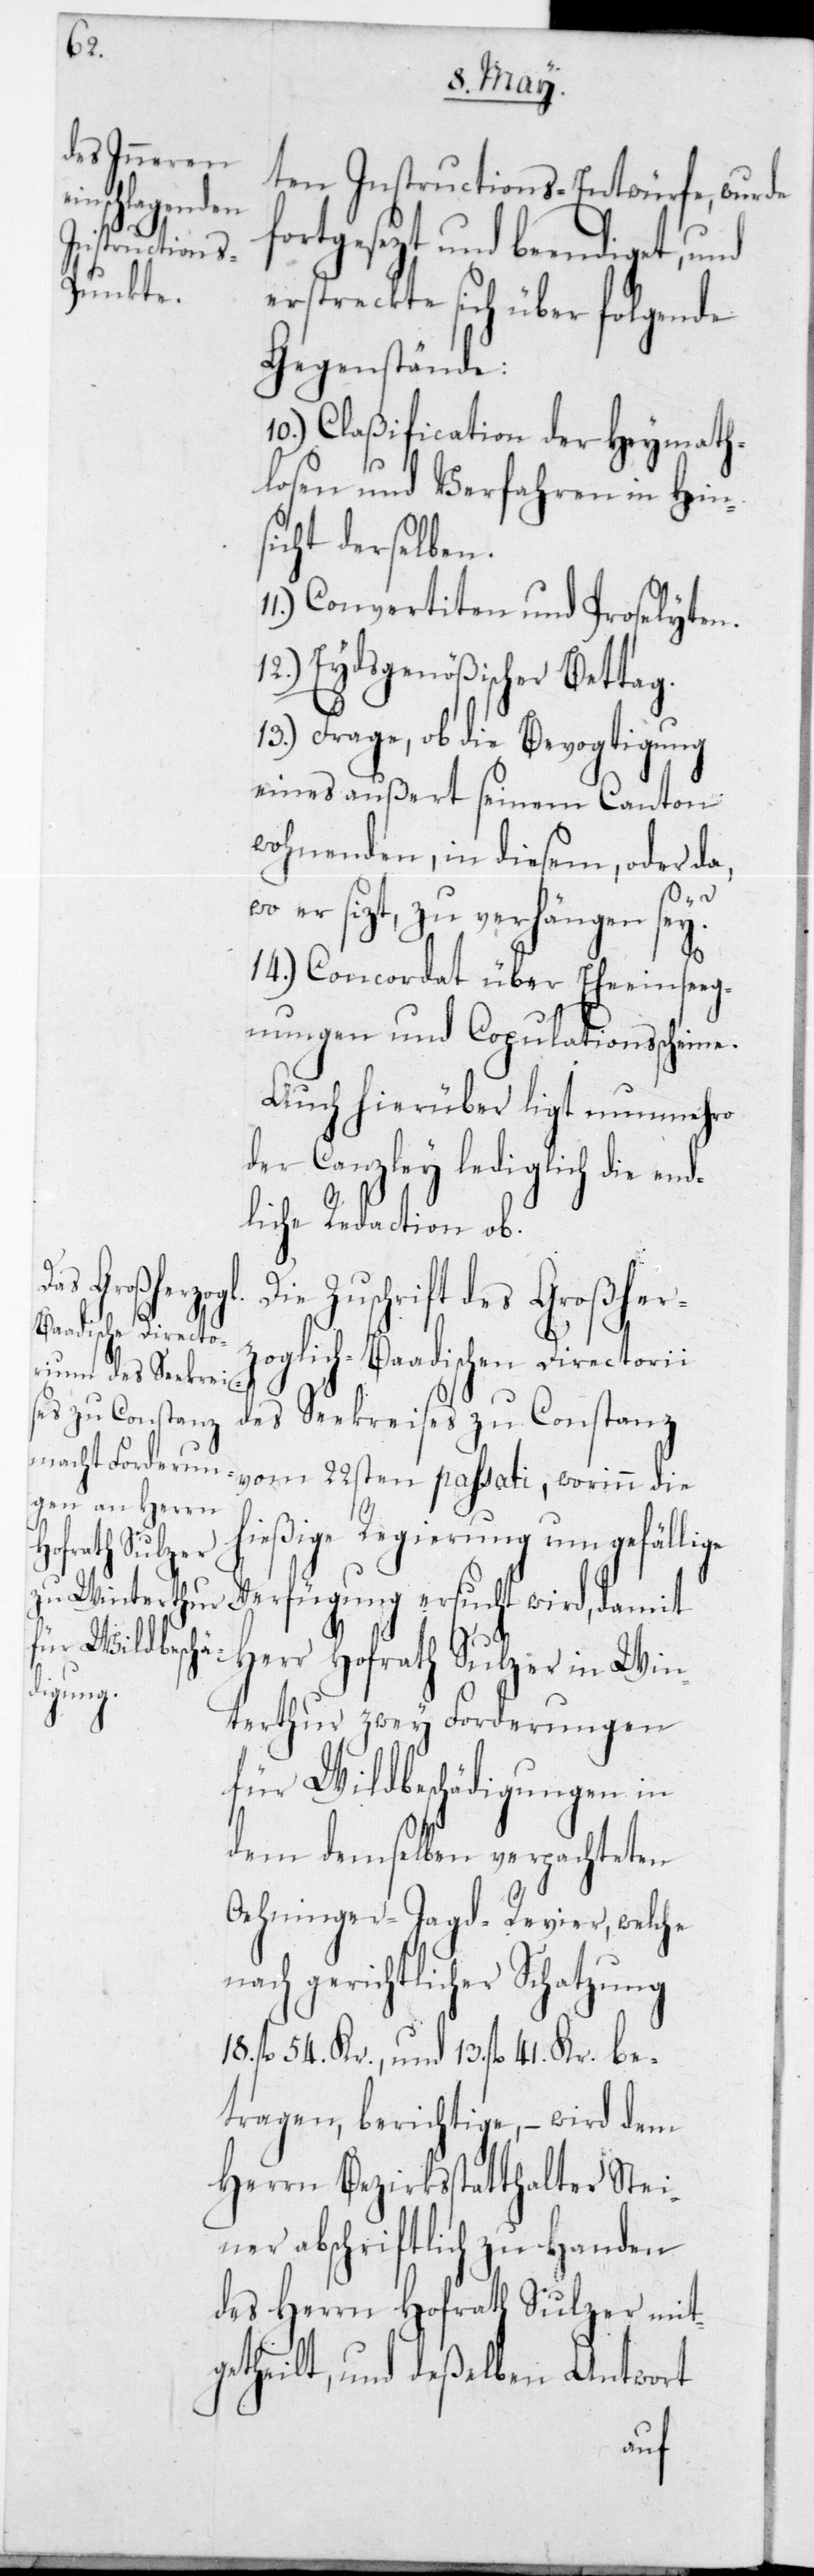
n¬

ten Instructions-Entwürfe, wurde
fortgesezt und beendiget,
erstreckte sich über folgende
Gegenstände:
10.) Claßification der Heymath¬
losen und Verfahren in Hin¬
sicht derselben.
Convertiten und Proselyten.
12.) Eydsgenößischer Bettag.
13.) Frage, ob die Bevogtigung
eines außert seinem Canton
wohnenden, in diesem, oder da,
wo er sizt, zu verhängen sei?
14.) Concordat über Eheeinseg¬
nungen und Copulationsscheine.
Auch hierüber liegt nunmehro
der Canzley lediglich die en¬
dliche Redaction ob.
ie Zuschrift des Großher¬
zoglich-Baadischen Directorii
des Seekreises zu Constanz
vom 22sten passati, worinn die
hießige Regierung um gefällige
Verfügung ersucht wird, damit
Herr Hofrath Sulzer in Win¬
terthur zwey Forderungen
für Wildbeschädigungen in
dem demselben verpachteten
Oehninger-Jagd-Revier, welche
ach gerichtlicher Schatzung
18 fl. 54 Kr., und 13 fl. 41 Kr. be¬
tragen, berichtige, – wird dem
Herrn Bezirksstatthalter Stei¬
ner abschriftlich zu Handen
des Herrn Hofrath Sulzer mit¬
getheilt, und deßelben Antwort